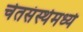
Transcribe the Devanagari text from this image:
चेतसंस्थेमध्ये